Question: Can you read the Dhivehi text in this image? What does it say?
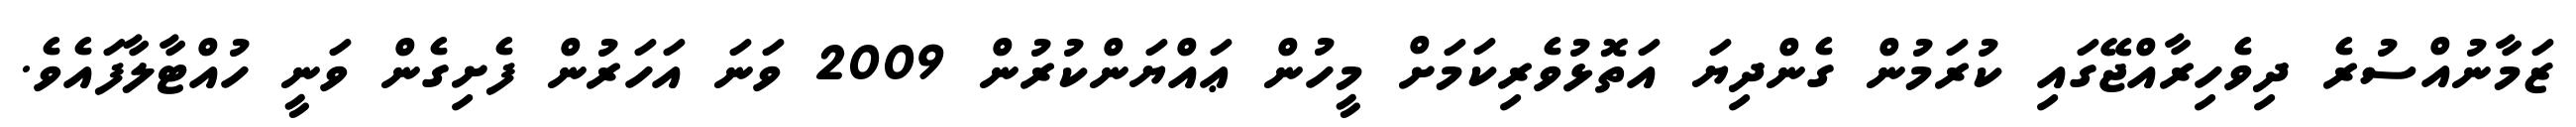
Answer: ޒަމާނުއްސުރެ ދިވެހިރާއްޖޭގައި ކުރަމުން ގެންދިޔަ އަތޮޅުވެރިކަމަށް މީހުން ޢައްޔަންކުރުން 2009 ވަނަ އަހަރުން ފެށިގެން ވަނީ ހުއްޓާލާފައެވެ.